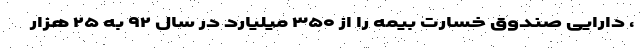
، دارایی صندوق خسارت بیمه را از ۳۵۰ میلیارد در سال ۹۲ به ۲۵ هزار